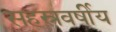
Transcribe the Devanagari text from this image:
सहस्रवर्षीय